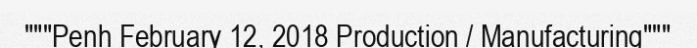
"""Penh February 12, 2018 Production / Manufacturing"""